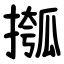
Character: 摦